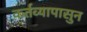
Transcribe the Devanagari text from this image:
कर्तव्यापासुन